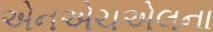
એનએચએલના